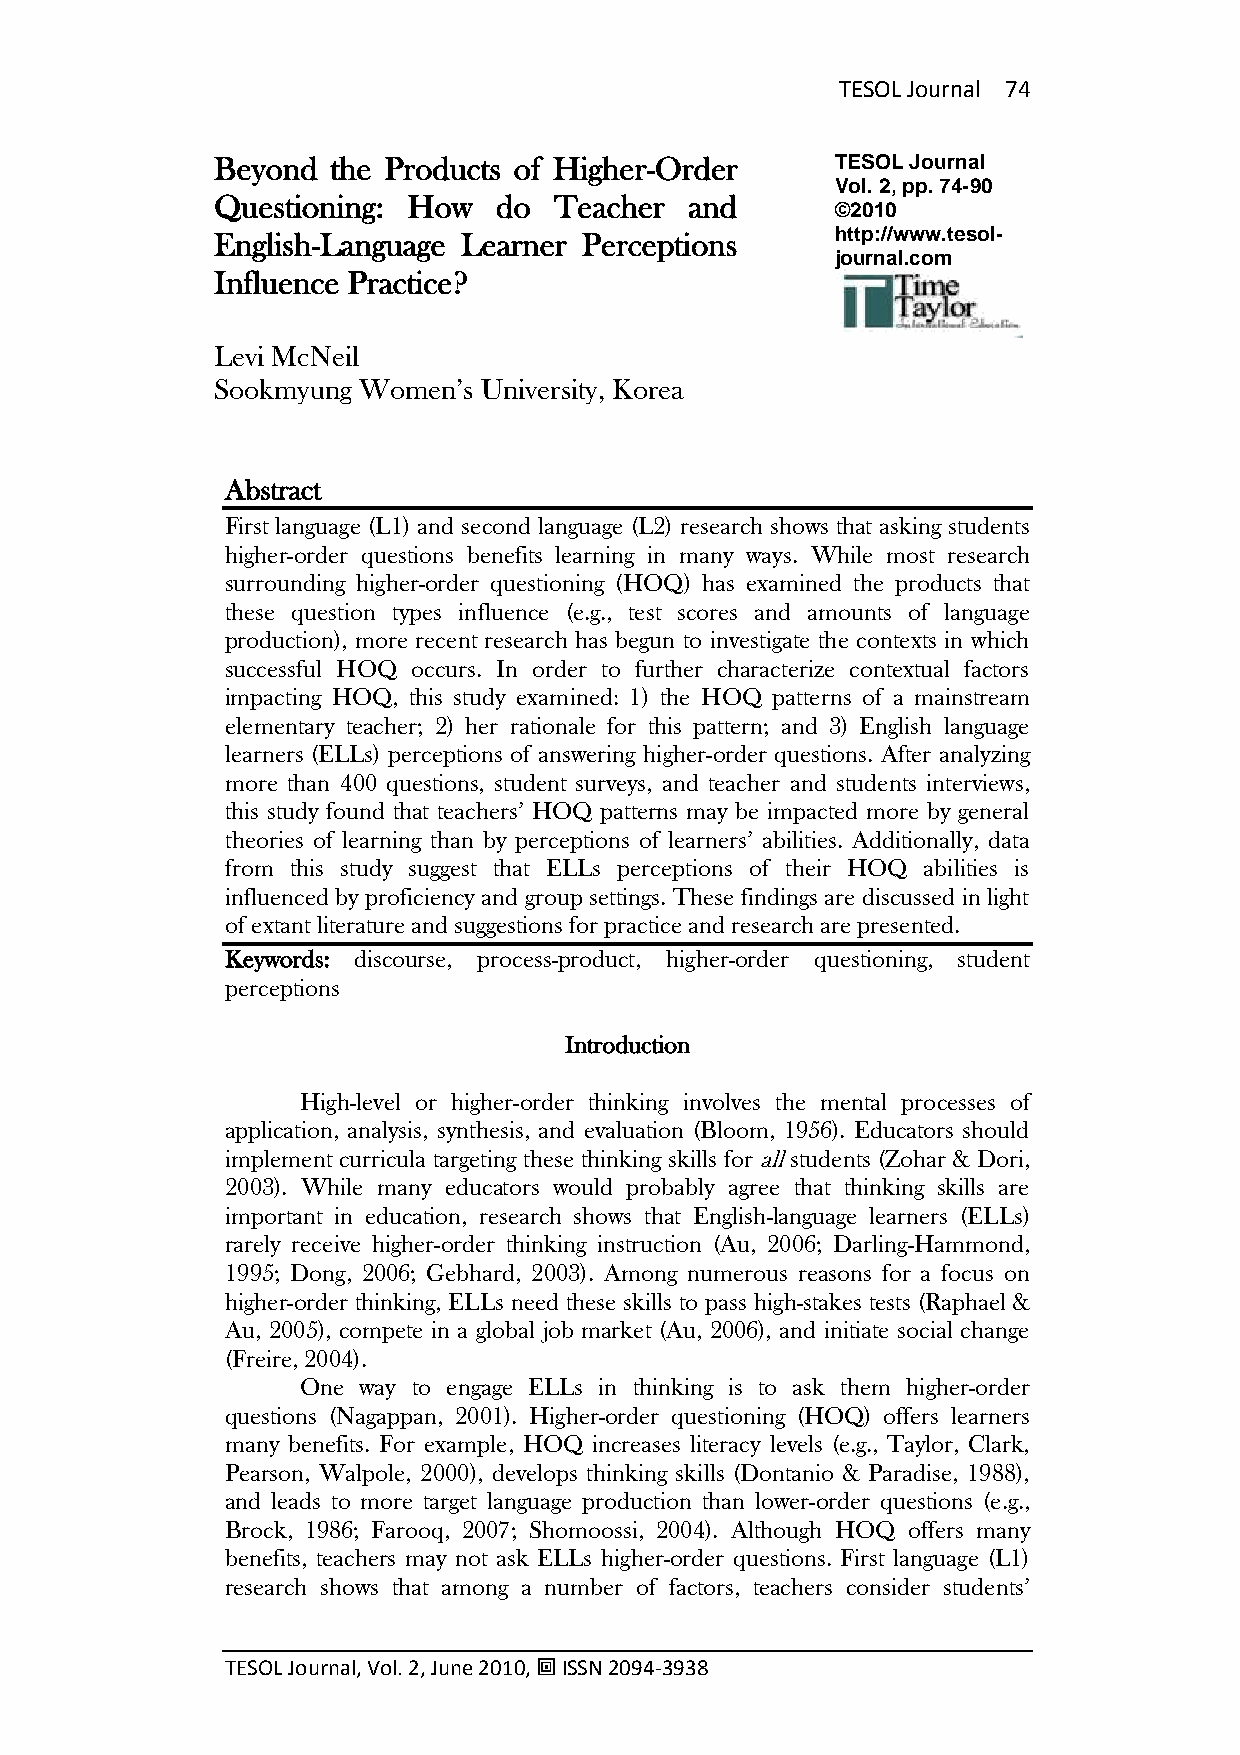
TESOL Journal 74
 Beyond  the Products of Higher-Order     TESOL Journal
 Vol. 2, pp. 74-90
 Questioning: How   do  Teacher  and
 ©2010
 English-Language Learner Perceptions     http://www.tesol-
 journal.com
 Influence Practice?
 Levi McNeil
 Sookmyung Women‘s University, Korea
 Abstract
 First language (L1) and second language (L2) research shows that asking students
 higher-order questions benefits learning in many ways. While most research
 surrounding higher-order questioning (HOQ) has examined the products that
 these question types influence (e.g., test scores and amounts of language
 production), more recent research has begun to investigate the contexts in which
 successful HOQ occurs. In order to further characterize contextual factors
 impacting HOQ, this study examined: 1) the HOQ patterns of a mainstream
 elementary teacher; 2) her rationale for this pattern; and 3) English language
 learners (ELLs) perceptions of answering higher-order questions. After analyzing
 more than 400 questions, student surveys, and teacher and students interviews,
 this study found that teachers‘ HOQ patterns may be impacted more by general
 theories of learning than by perceptions of learners‘ abilities. Additionally, data
 from this study suggest that ELLs perceptions of their HOQ abilities is
 influenced by proficiency and group settings. These findings are discussed in light
 of extant literature and suggestions for practice and research are presented.
 Keywords: discourse, process-product, higher-order questioning, student
 perceptions
 Introduction
 High-level or higher-order thinking involves the mental processes of
 application, analysis, synthesis, and evaluation (Bloom, 1956). Educators should
 implement curricula targeting these thinking skills for all students (Zohar & Dori,
 2003). While many educators would probably agree that thinking skills are
 important in education, research shows that English-language learners (ELLs)
 rarely receive higher-order thinking instruction (Au, 2006; Darling-Hammond,
 1995; Dong, 2006; Gebhard, 2003). Among numerous reasons for a focus on
 higher-order thinking, ELLs need these skills to pass high-stakes tests (Raphael &
 Au, 2005), compete in a global job market (Au, 2006), and initiate social change
 (Freire, 2004).
 One way to engage ELLs in thinking is to ask them higher-order
 questions (Nagappan, 2001). Higher-order questioning (HOQ) offers learners
 many benefits. For example, HOQ increases literacy levels (e.g., Taylor, Clark,
 Pearson, Walpole, 2000), develops thinking skills (Dontanio & Paradise, 1988),
 and leads to more target language production than lower-order questions (e.g.,
 Brock, 1986; Farooq, 2007; Shomoossi, 2004). Although HOQ offers many
 benefits, teachers may not ask ELLs higher-order questions. First language (L1)
 research shows that among a number of factors, teachers consider students‘
 TESOL Journal, Vol. 2, June 2010,  ISSN 2094-3938